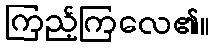
ကြည့်ကြလေ၏။